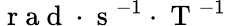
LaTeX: \mathrm{~r~a~d~}\cdot\mathrm{~s~}^{-1}\cdot\mathrm{~T~}^{-1}